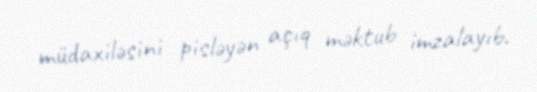
müdaxiləsini pisləyən açıq məktub imzalayıb.